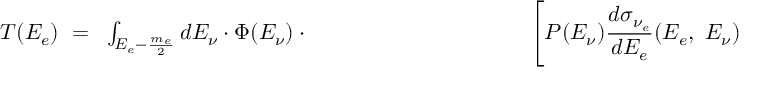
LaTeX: \begin{array} { c } { { T ( E _ { e } ) ~ = ~ \int _ { E _ { e } - { \frac { m _ { e } } { 2 } } } d E _ { \nu } \cdot \Phi ( E _ { \nu } ) \cdot ~ ~ ~ ~ ~ ~ ~ ~ ~ ~ ~ ~ \ ~ ~ ~ ~ ~ ~ ~ ~ ~ ~ ~ ~ ~ ~ ~ ~ ~ { \displaystyle \left[ P ( E _ { \nu } ) { \frac { d \sigma _ { \nu _ { e } } } { d E _ { e } } } ( E _ { e } , ~ E _ { \nu } ) ~ + ( 1 - P ( E _ { \nu } ) ) { \frac { d \sigma _ { \nu _ { \mu } } } { d E _ { e } } } ( E _ { e } , ~ E _ { \nu } ) \right] } } } \end{array}